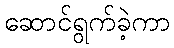
ဆောင်ရွက်ခဲ့ကာ